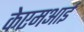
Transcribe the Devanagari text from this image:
केएमआई